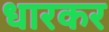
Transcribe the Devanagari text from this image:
धारकर